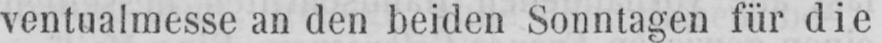
ventualmesse an den beiden Sonntagen für die